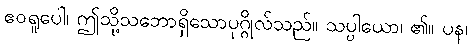
ဧဝရူပေါ၊ ဤသို့သဘောရှိသောပုဂ္ဂိုလ်သည်။ သပ္ပါယော၊ ၏။ ပန၊